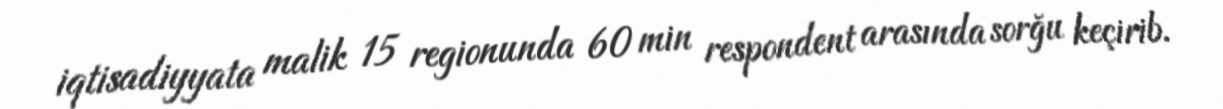
iqtisadiyyata malik 15 regionunda 60 min respondent arasında sorğu keçirib.